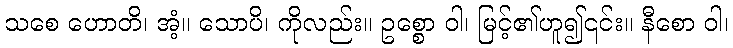
သစေ ဟောတိ၊ အံ့။ သောပိ၊ ကိုလည်း။ ဥစ္စော ဝါ၊ မြင့်၏ဟူ၍၎င်း။ နီစော ဝါ၊